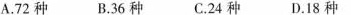
A.72种 B.36种 C.24种 D.18种